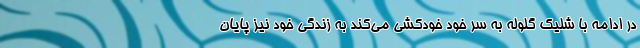
در ادامه با شلیک گلوله به سر خود خودکشی می‌کند به زندگی خود نیز پایان